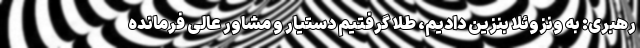
رهبری: به ونزوئلا بنزین دادیم، طلا گرفتیم دستیار و مشاور عالی فرمانده